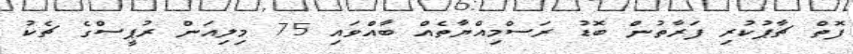
ފޮތް ޗާޕުކުރި ފަރާތުން ބޮޑު ރަސްމިއްޔާތެއް ބާއްވައި 75 މިލިއަން ރުޕީސްގެ ޗެކު